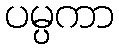
ပမ္ပကာ